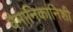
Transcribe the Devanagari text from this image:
वैमानिकांनिशी